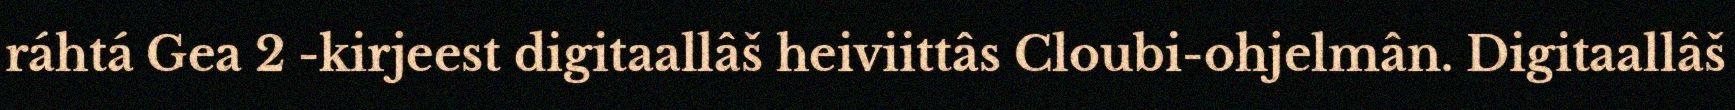
ráhtá Gea 2 -kirjeest digitaallâš heiviittâs Cloubi-ohjelmân. Digitaallâš